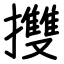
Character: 㩳